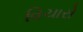
વિચારો